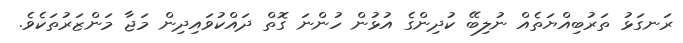
ރަނގަޅު ތަރުބިއްޔަތެއް ނުލިބޭ ކުދިންގެ އުޅުން ހުންނަ ގޮތް ދައްކުވައިދިން މަޖާ މަންޒަރުތަކެވެ.